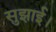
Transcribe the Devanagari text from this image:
सुझाई।